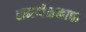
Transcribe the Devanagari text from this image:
समावेशनाचा